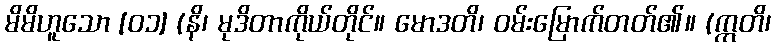
မိမိဟူသော [၀၁] (နိ၊ မုဒိတာကိုယ်တိုင်။ မောဒတိ၊ ဝမ်းမြောက်တတ်၏။ (ဣတိ၊